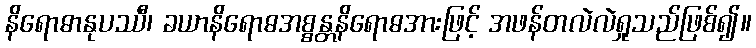
နိရောဓာနုပဿီ၊ ခယာနိရောဓအစ္စန္တနိရောဓအားဖြင့် အဖန်တလဲလဲရှုသည်ဖြစ်၍။